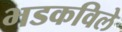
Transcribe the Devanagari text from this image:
भडकविले